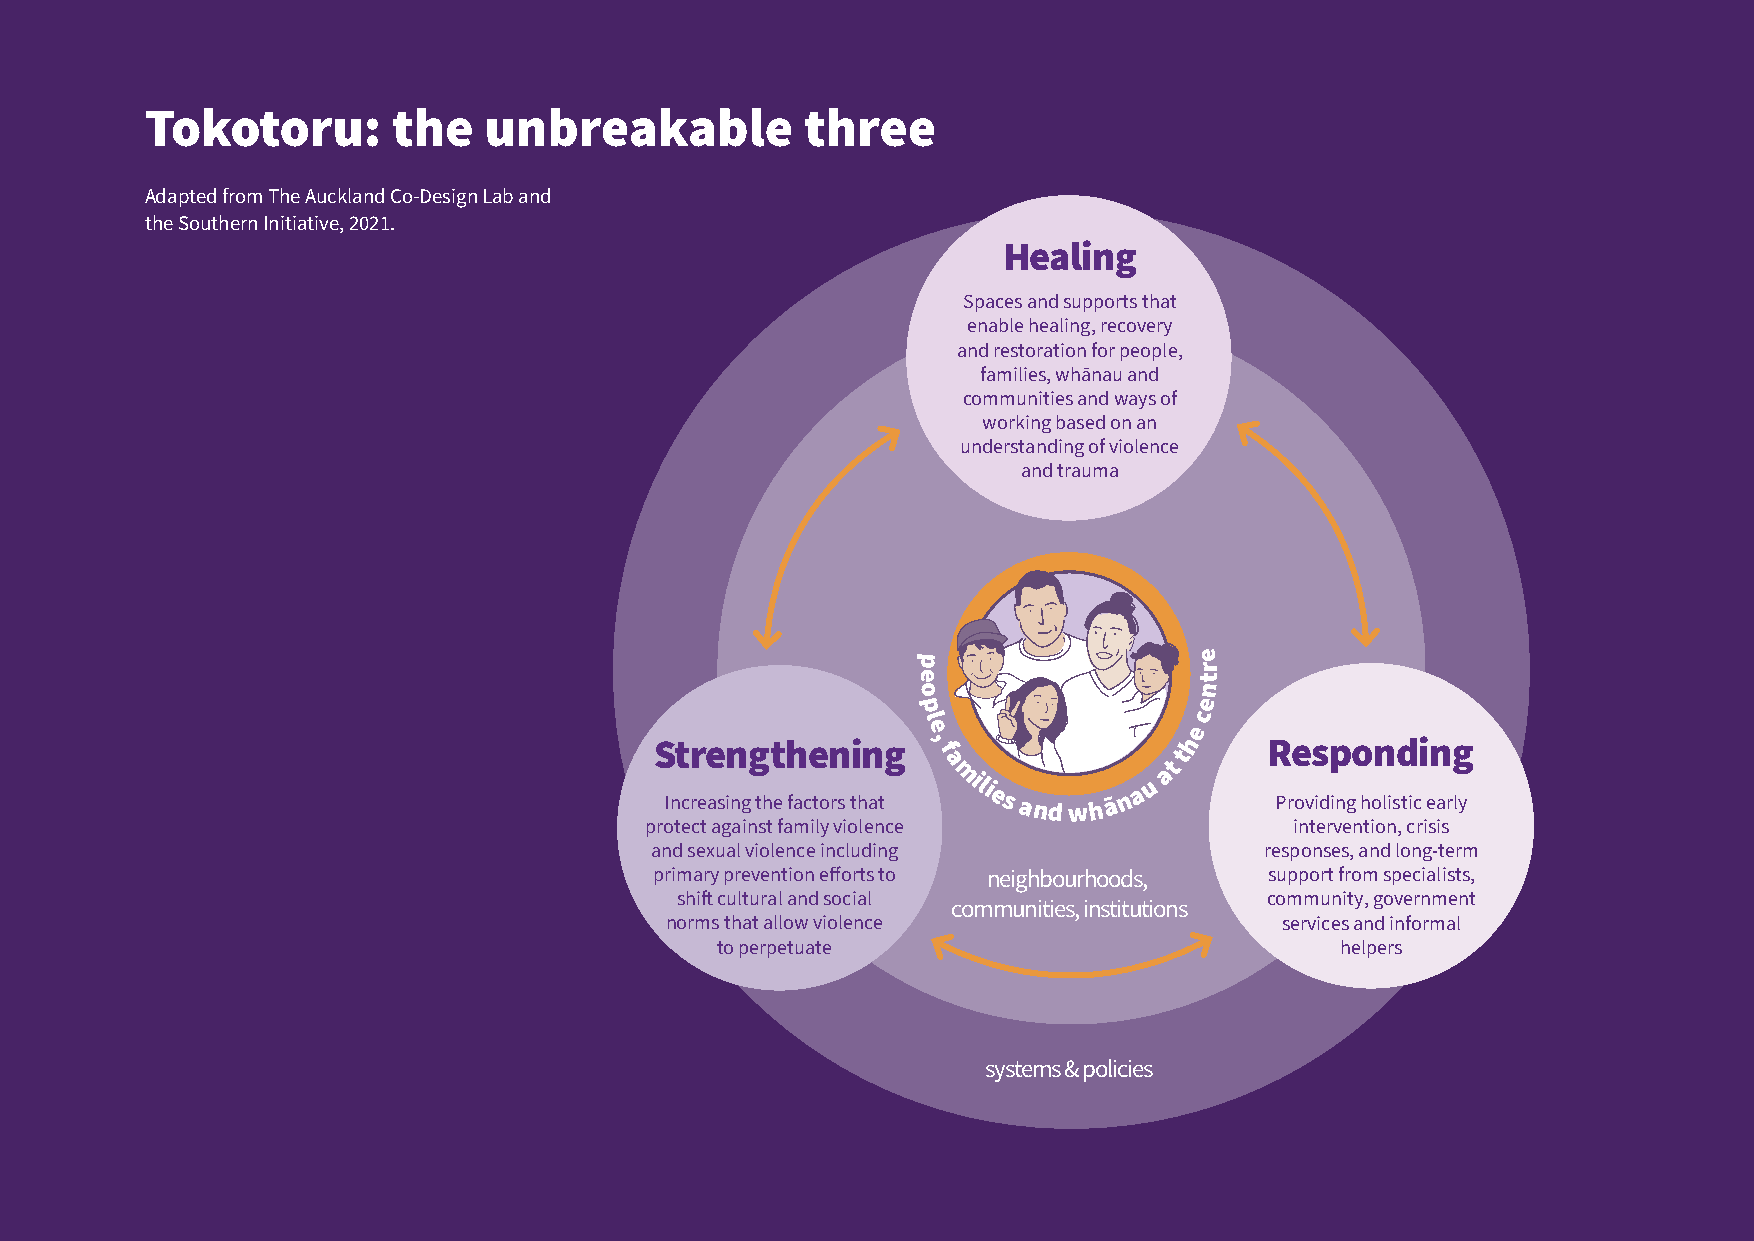
Tokotoru:       the   unbreakable          three
 Adapted from The Auckland Co-Design Lab and
 the Southern Initiative, 2021.
 Healing
 Spaces and supports that
 enable healing, recovery
 and restoration for people,
 families, whānau and
 communities and ways of
 working based on an
 understanding of violence
 and trauma
 p                  e
 r
 e                   t
 o                   n
 p                  e
 c
 l
 e                 e
 Strengthening
 ,
 f
 th
 Responding
 a              t
 a
 Increasing the factors that
 mili
 es and wh ā n a
 u
 Providing holistic early
 protect against family violen ce           intervention, crisis
 and sexual violence including            responses, and long-term
 primary prevention efforts to neighbourhoods, support from specialists,
 shift cultural and social              community, government
 communities, institutions
 norms that allow violence                services and informal
 to perpetuate                             helpers
 systems & policies
 34
 34